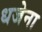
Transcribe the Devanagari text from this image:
धजेना